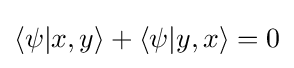
\langle \psi |x,y\rangle +\langle \psi |y,x\rangle =0